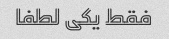
فقط یکی لطفا